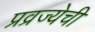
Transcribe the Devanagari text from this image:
प्रव्रज्येची